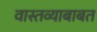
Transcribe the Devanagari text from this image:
वास्तव्याबाबत